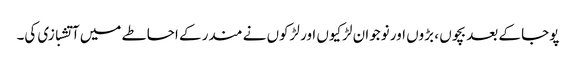
پوجا کے بعد بچوں ، بڑوں اور نوجوان لڑکیوں اور لڑکوں نے مندر کے احاطے میں آتشبازی کی۔